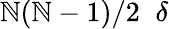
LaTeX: \mathbb{N}(\mathbb{N}-1)/2\; \; \delta